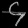
Digit: ၄